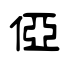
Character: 俹